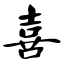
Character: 喜